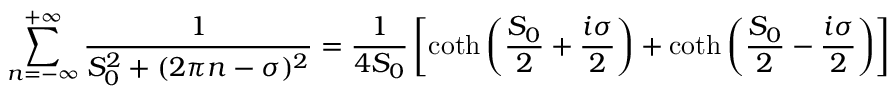
\sum _ { n = - \infty } ^ { + \infty } \frac { 1 } { S _ { 0 } ^ { 2 } + ( 2 \pi n - \sigma ) ^ { 2 } } = \frac { 1 } { 4 S _ { 0 } } \left[ \coth \left( \frac { S _ { 0 } } { 2 } + \frac { i \sigma } { 2 } \right) + \coth \left( \frac { S _ { 0 } } { 2 } - \frac { i \sigma } { 2 } \right) \right]